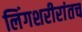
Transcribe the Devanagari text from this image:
लिंगशरीरांतच